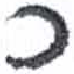
אות: כ